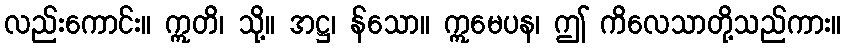
လည်းကောင်း။ ဣတိ၊ သို့။ အဋ္ဌ၊ န်သော။ ဣမေပန၊ ဤ ကိလေသာတို့သည်ကား။